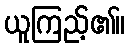
ယူကြည့်၏။